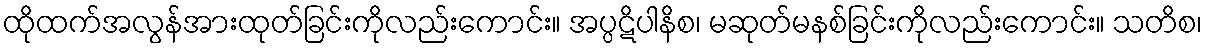
ထိုထက်အလွန်အားထုတ်ခြင်းကိုလည်းကောင်း။ အပ္ပဋိပါနိစ၊ မဆုတ်မနစ်ခြင်းကိုလည်းကောင်း။ သတိစ၊